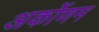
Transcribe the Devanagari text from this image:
अर्कोणम